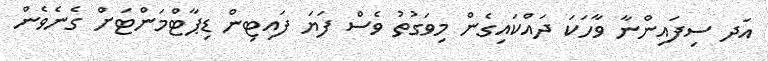
އަދ ސިފައިންނާ ވާހަކަ ދައްކައިގެން މިވަގުތު ވެސް ފަޔަ ފައިޓިން ޑިޕާޓްމަންޓަށް ގެނެވެން